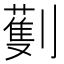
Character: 劐